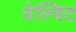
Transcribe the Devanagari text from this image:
वेल्विट